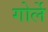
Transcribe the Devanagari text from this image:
गोर्ले